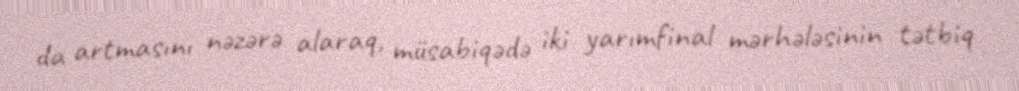
da artmasını nəzərə alaraq, müsabiqədə iki yarımfinal mərhələsinin tətbiq